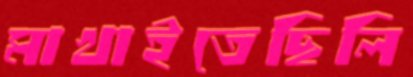
মাখাইতেছিলি